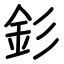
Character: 釤